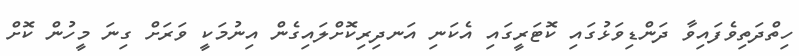
ހިތްދަތިވެފައިވާ ދަންޑިވަޅުގައި ކޮޓަރީގައި އެކަނި އަނދިރިކޮށްލައިގެން އިނުމަކީ ވަރަށް ގިނަ މީހުން ކޮށް